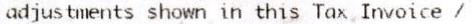
ADJUSTMENTS SHOWN IN THIS TAX INVOICE /